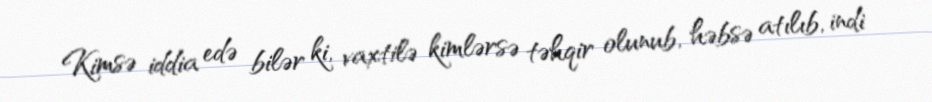
Kimsə iddia edə bilər ki, vaxtilə kimlərsə təhqir olunub, həbsə atılıb, indi